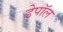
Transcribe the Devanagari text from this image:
डेपॉल